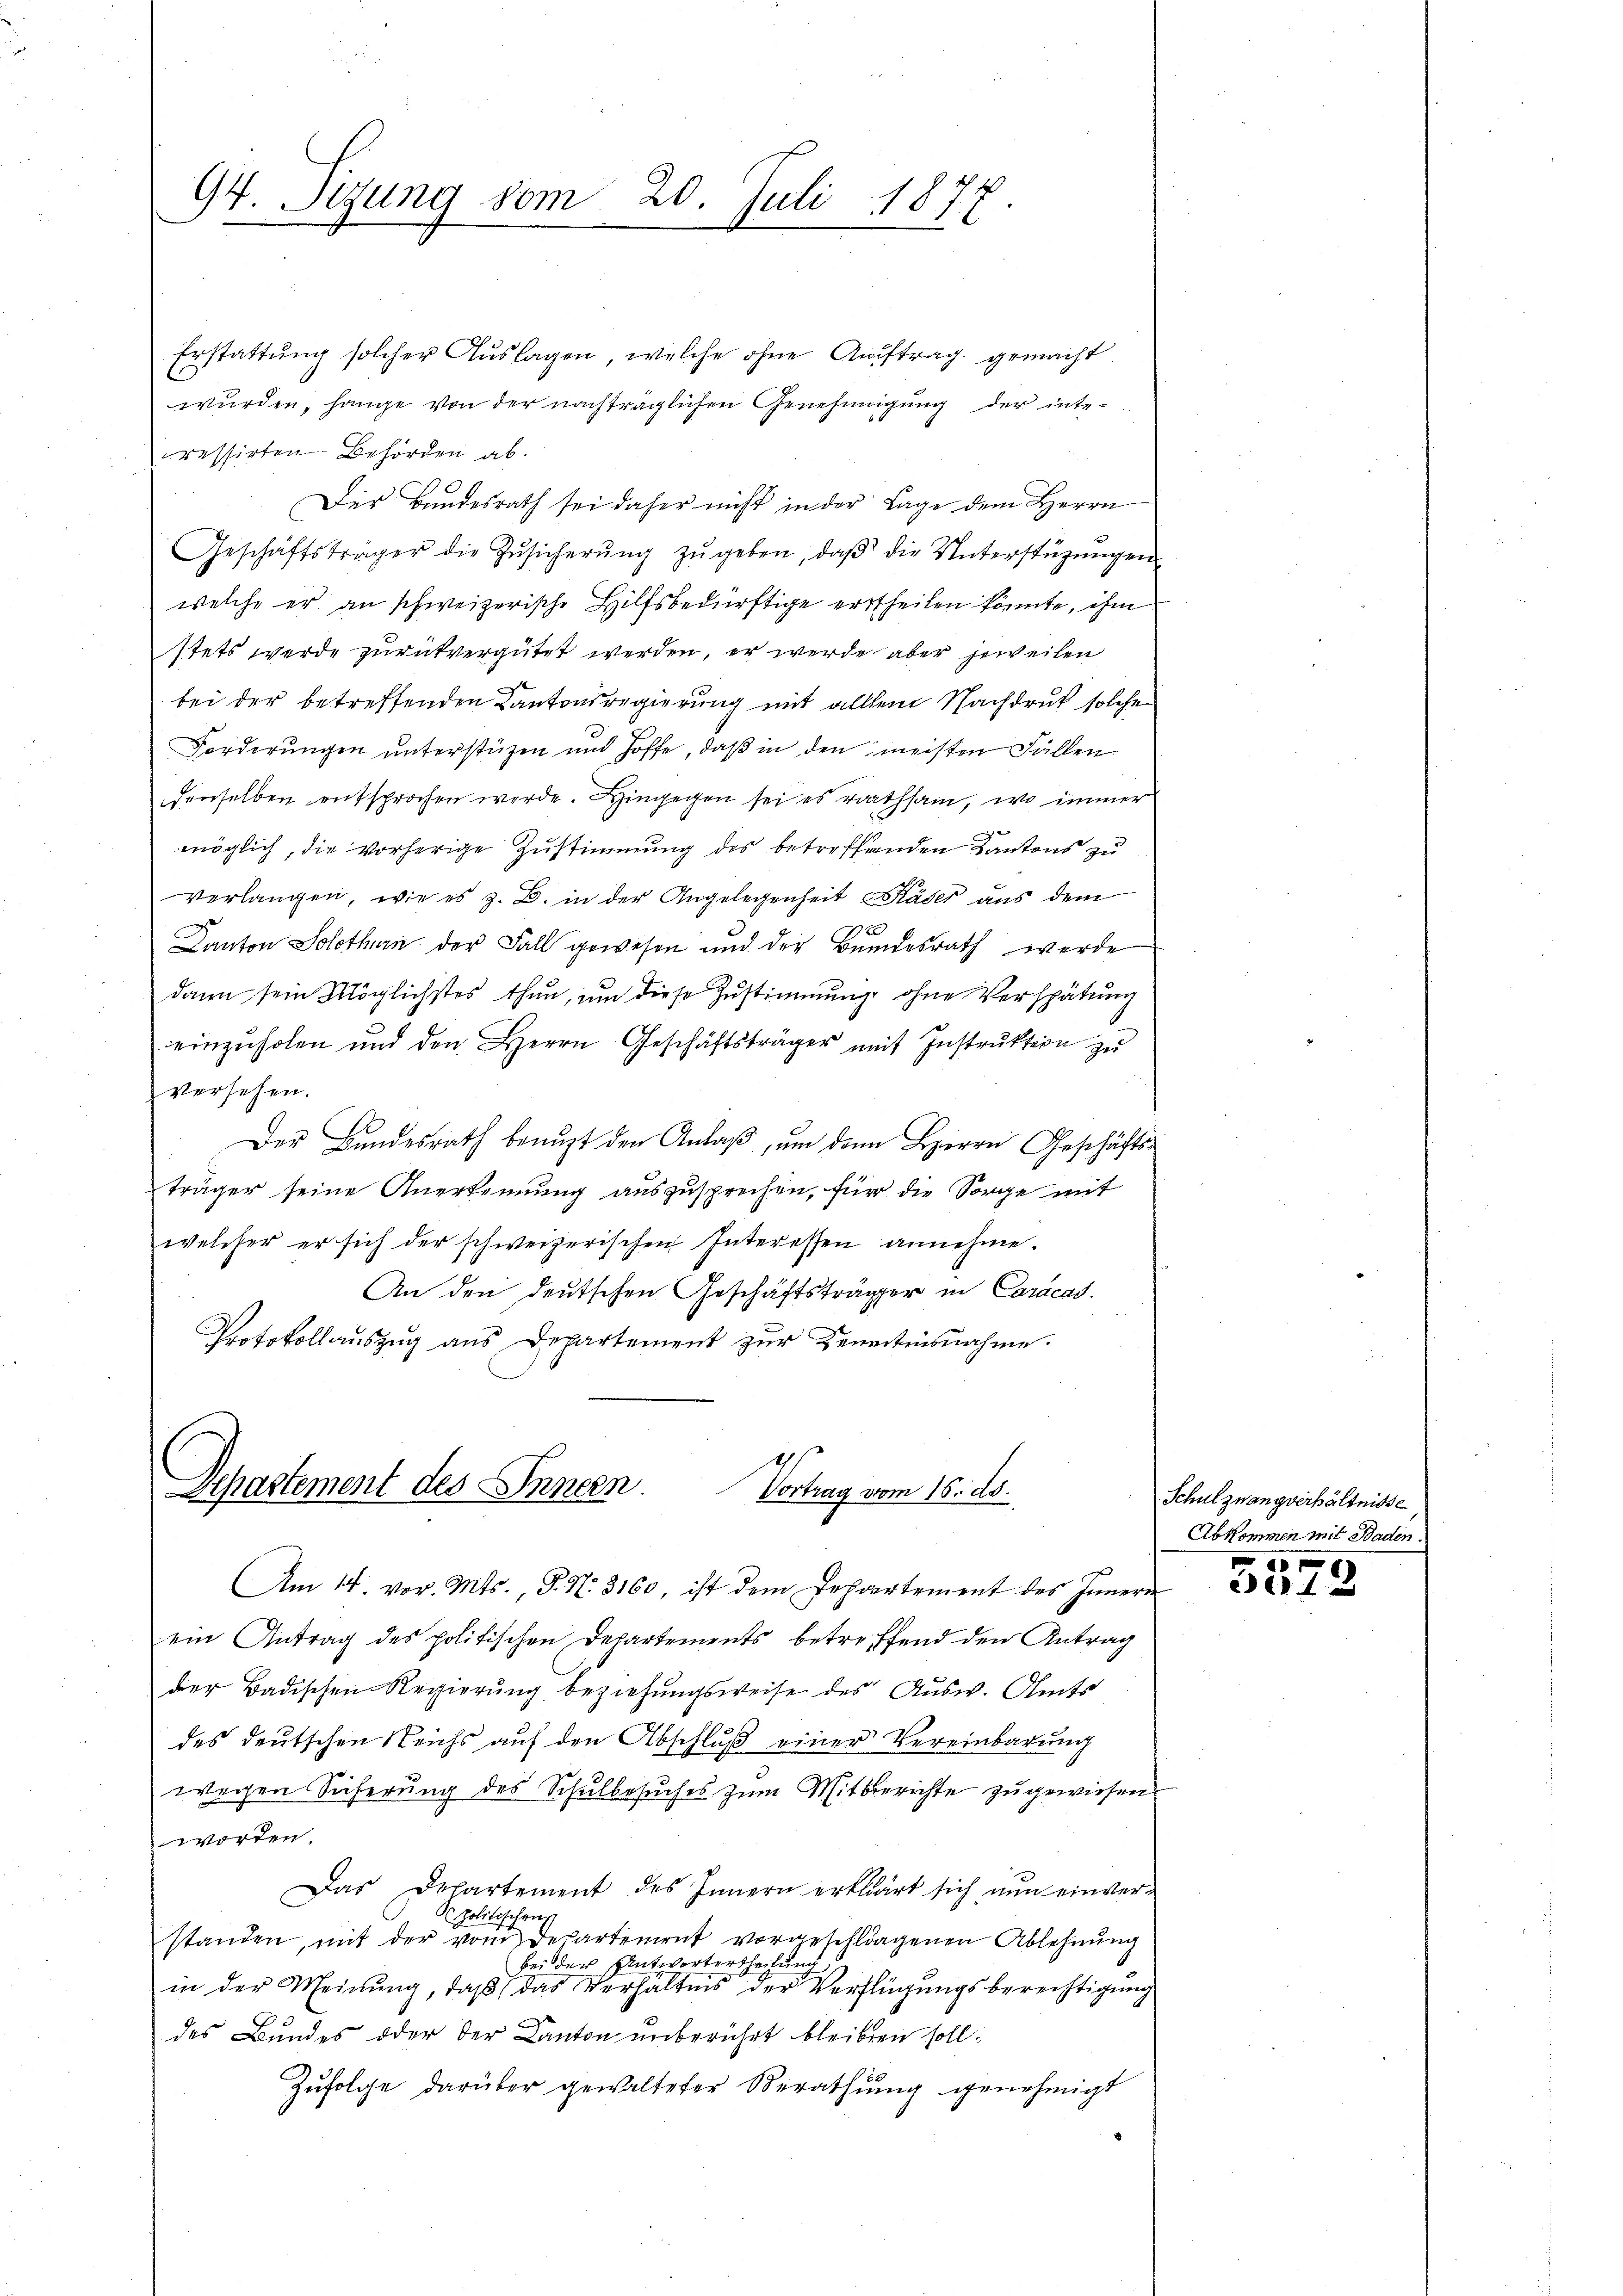
Erstattung solcher Auslagen, welche ohne Auftrag gemacht
wurden, hange von der nachträglichen Genehmigung der interessirten Behörden ab.
Der Bundesrath sei daher nicht in der Lage dem Herrn
Geschäftsträger die Zŭsicherŭng zŭ geben, daβ die Unterstützŭngen
welche er an schweizerische Hilfsbedürftige ertheilen könnte, ihm
stets werde zurückvergütet werden, er werde aber jeweilen
bei der betreffenden Kantonsregierung mit allem Nachdruk solche
Forderungen unterstüzen und hoffe, daß in den meisten Fällen
denselben entsprochen werde. Hingegen sei es rathsam, wo immer
möglich, die vorherige Zustimmung des betreffenden Kantons zu
verlangen, wie es z. B. in der Angelegenheit Räder aus dem
Kanton Solothurn der Fall gewesen und der Bundesrath werde
dann sein Möglichstes thun, um diese Zustimmung ohne Verspätung
einzuholen und den Herrn Geschäftsträger mit Instruktion zu
versehen.
Der Bundesrath beauft den Anlaß, um den Herrn Geschäftsträger seine Anerkennung auszusprechen, für die Sorge mit
welcher er sich der schweizerischen Interessen annehme.
An den deutschen Geschäftsträger in Caracas.
Protokollauszug aus Departement zur Kenntnisnahme.

94. Sizung vom 20. Juli 1877

Dchastement des Innern. Vortrag vom 16. ds.
Am 14. vor. Mts., P. Nr. 3160, ist dem Jehvertement des Innern

ein Antrag des politischen Departements betreffend den Antrag
der Badischen Regierŭng beziehŭngsweise des Ausw. Amts
des deutschen Reichs auf den Abschluß einer Vereinbarung
wegen Sicherung des Schulbesuches zum Mitberichte zugewiesen.
worden.
Das Departement des Innern erklärt sich nun einver-
S. politischen
standen, mit der vom Departement vorgeschlagenen Ablehnung
bei der Antwortertheilung
in der Meinung, daß das Verhältnis der Verfügungsberechtigung
des Bundes oder der Kanton unberührt bleiben soll.
Zufolge darüber gewalteter Berathung genehmigt

Schulzwangverhältnisse
Abkommen mit Baden.

301 x